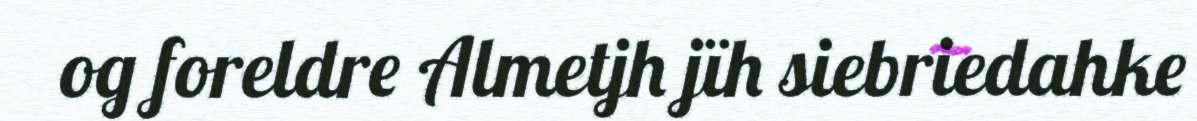
og foreldre Almetjh jïh siebriedahke